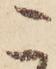
こ